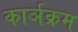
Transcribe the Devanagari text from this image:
कार्ञक्रम